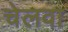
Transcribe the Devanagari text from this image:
चेलवा